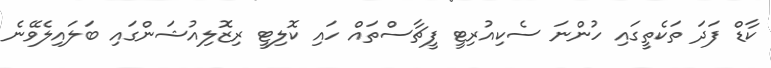
ކާޑް ފަދަ ތަކެތީގައި ހުންނަ ސެކިއުރިޓީ ފީޗާސްތައް ހައި ކޮލިޓީ ރިޒޮލިއުޝަންގައި ބަލައިލެވޭނެ